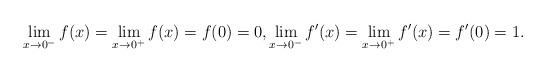
LaTeX: \begin{align*} \lim_{x\rightarrow0^-} f(x) = \lim_{x\rightarrow0^+} f(x) = f(0) = 0, \lim_{x\rightarrow0^-} f'(x) = \lim_{x\rightarrow0^+} f'(x) = f'(0) = 1.\end{align*}